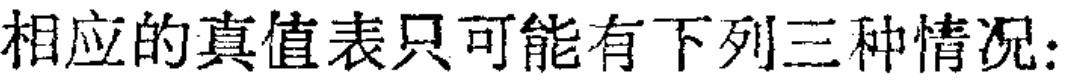
相应的真值表只可能有下列三种情况：